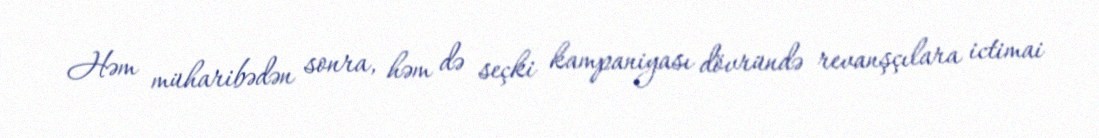
Həm müharibədən sonra, həm də seçki kampaniyası dövründə revanşçılara ictimai